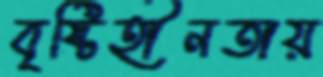
বৃষ্টিহীনতায়